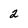
Character: 2